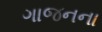
ગાજનના